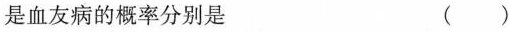
是血友病的概率分别是 ()